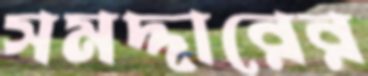
সমদ্দারের